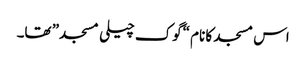
اس مسجد کا نام “گوک چیلی مسجد” تھا۔